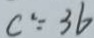
c ^ { 2 } = 3 6